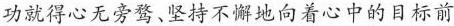
功就得心无旁骛、坚持不懈地向着心中的目标前